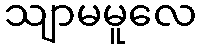
သျာမမူလေ